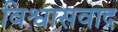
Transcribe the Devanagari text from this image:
विश्वासवाद